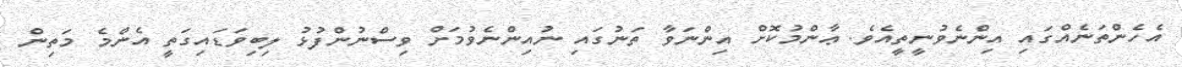
އެހެންތަނެއްގައި އިންނެވުނީތީއެވެ. ޢާންމުކޮށް އިންނަވާ ތަނުގައި ނުއިންނެވުމަށް ވިސްނުންފުޅު ލިބިވަޑައިގަތީ އެންމެ މަތިން